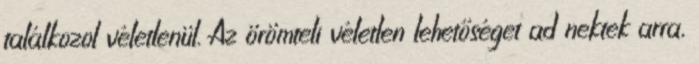
találkozol véletlenül. Az örömteli véletlen lehetőséget ad nektek arra,